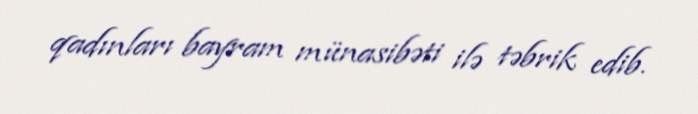
qadınları bayram münasibəti ilə təbrik edib.